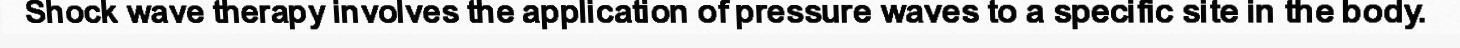
Shock wave therapy involves the application of pressure waves to a specific site in the body.